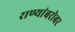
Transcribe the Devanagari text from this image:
राण्यांबरोबर